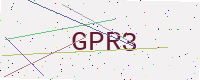
Text: GPR3